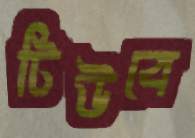
টিউবে